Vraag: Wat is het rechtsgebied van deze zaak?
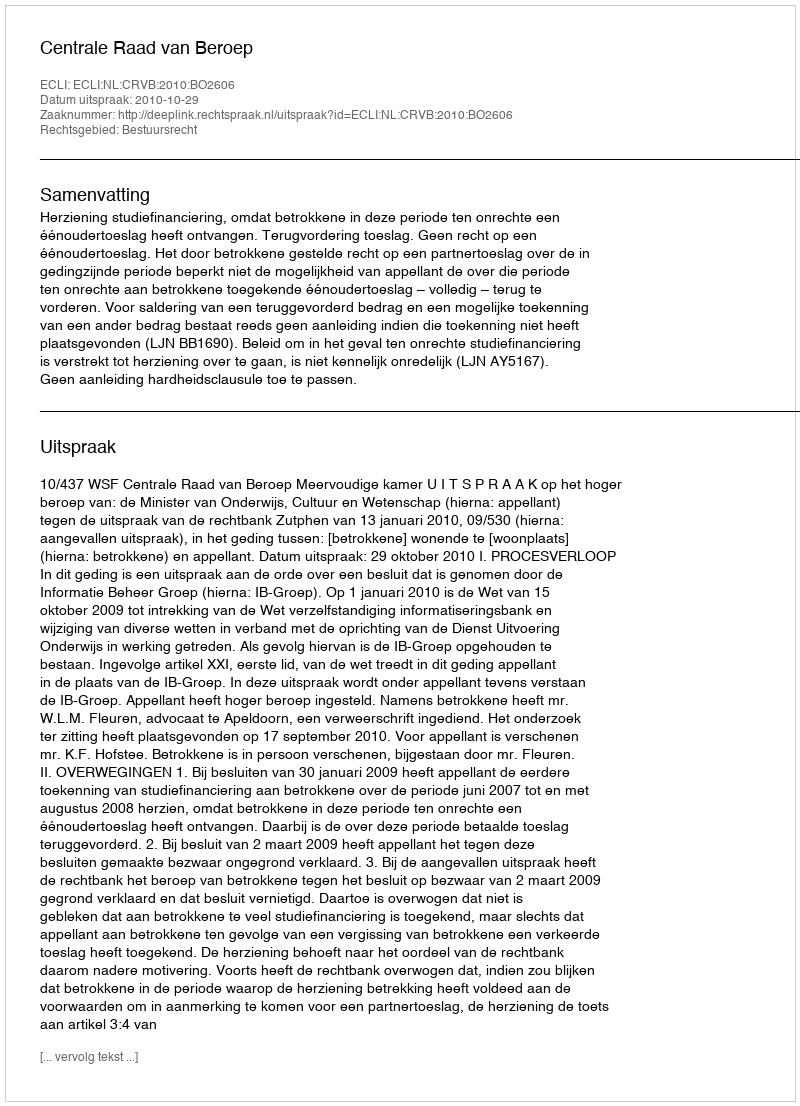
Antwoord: Bestuursrecht